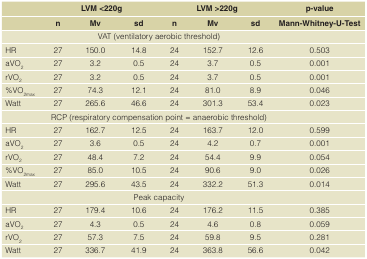
|  | <COLSPAN=3> LVM <220g | <COLSPAN=3> LVM >220g | p-value |
 |  | n | Mv | sd | n | Mv | sd | Mann-Whitney-U-Test |
 | --- | --- | --- | --- | --- | --- | --- | --- |
 |  | <COLSPAN=6> VAT (ventilatory aerobic threshold) |  |
 | HR | 27 | 150.0 | 14.8 | 24 | 152.7 | 12.6 | 0.503 |
 | aVO2 | 27 | 3.2 | 0.5 | 24 | 3.7 | 0.5 | 0.001 |
 | rVO2 | 27 | 3.2 | 0.5 | 24 | 3.7 | 0.5 | 0.001 |
 | %VO2max | 27 | 74.3 | 12.1 | 24 | 81.0 | 8.9 | 0.046 |
 | Watt | 27 | 265.6 | 46.6 | 24 | 301.3 | 53.4 | 0.023 |
 |  | <COLSPAN=6> RCP (respiratory compensation point = anaerobic threshold) |  |
 | HR | 27 | 162.7 | 12.5 | 24 | 163.7 | 12.0 | 0.599 |
 | aVO2 | 27 | 3.6 | 0.5 | 24 | 4.2 | 0.7 | 0.001 |
 | rVO2 | 27 | 48.4 | 7.2 | 24 | 54.4 | 9.9 | 0.054 |
 | %VO2max | 27 | 85.0 | 10.5 | 24 | 90.6 | 9.0 | 0.026 |
 | Watt | 27 | 295.6 | 43.5 | 24 | 332.2 | 51.3 | 0.014 |
 |  | <COLSPAN=6> Peak capacity |  |
 | HR | 27 | 179.4 | 10.6 | 24 | 176.2 | 11.5 | 0.385 |
 | aVO2 | 27 | 4.3 | 0.5 | 24 | 4.6 | 0.8 | 0.059 |
 | rVO2 | 27 | 57.3 | 7.5 | 24 | 59.8 | 9.5 | 0.281 |
 | Watt | 27 | 336.7 | 41.9 | 24 | 363.8 | 56.6 | 0.042 |